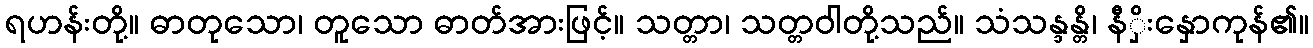
ရဟန်းတို့။ ဓာတုသော၊ တူသော ဓာတ်အားဖြင့်။ သတ္တာ၊ သတ္တဝါတို့သည်။ သံသန္ဒန္တိ၊ နီှိးနှောကုန်၏။